Medical and sanitary report of the native army of Bengal for the year
Year: 1876
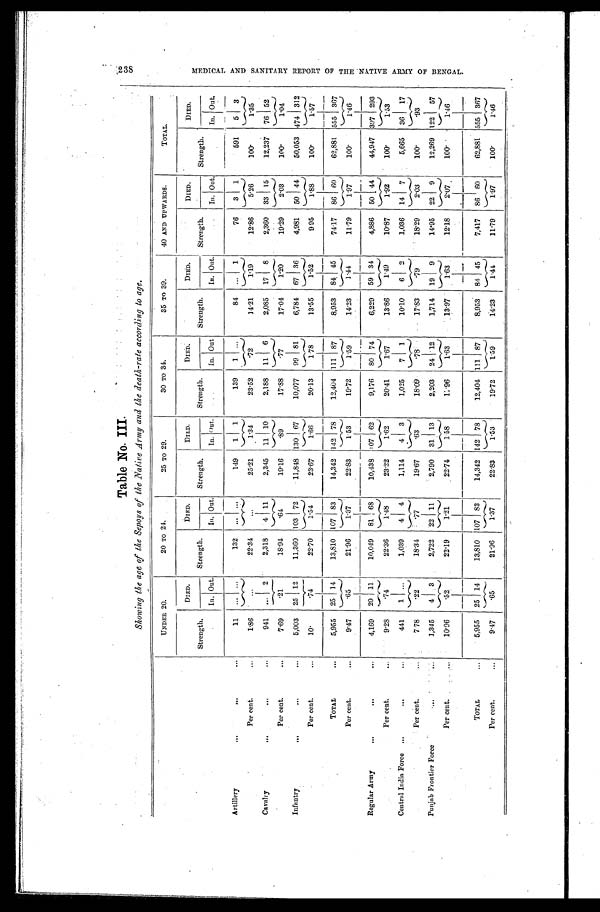
Table No. III.
Showing the age of the &pop of the Native Army and the death-rate according to age.
238
MEDICAL AND SANITARY REPORT OF THE NATIVE ARMY OF BENGAL.
UNDER 20.
20 TO 24.
25 TO 29.
30 TO 34.
35 TO 39.
40 AND UPWARDS.
TOTAL.
Strength.
DIED.
Strength.
DIED.
Strength,
DIED.
Strength.
DIED.
Strength.
DIED.
Strength.
DIED.
Strength.
DIED.
In. Out.
In. Out.
In. Out.
In. Out
In. Out.
In. Out.
In. Out.
Artillery
...
11 ... ...
132 ... ...
149
1 1
139
1
84 ... 1
76
3 1
591
5
3
Percent.
...
1.86
...
22.34
...
25.21
1.34
23.52
. 7 2
1 4 . 2 1
1.19
12.86
5.26
100.
1 . 3 5
Cavalry
...
941
. . . 2
2,318
4 11
2,345 11 10
2,188
11 6
2,085 17 8
2,360 33 15
12,237 76 52
Per cent.
. . .
7.69
.21
18.94
. 6 4
19.16 .89
17.88
. 7 7
17.04
1 . 2 0
19.29
2.03
100.
'1.04
Infantry
...
5,003 25 12
11,360 103 72
11,848 130 67
10,077 99 81
6,784 67 36
4,981 50 44
50,053 474 312
Per cent.
...
1 0 .
.74
22.70
1 . 5 4
23.67
1 . 6 6
20.13
1.78
13.55
1 . 5 2
9 95
1 . 8 8
100.
1.57
TOTAL
...
5,955 25 14
13,810 107 83
14,342 142 78
12,404 111 87
8,953 84 45
74.17 86 60
62,881 555 367
Per cent.
...
9.47
.65
21.96
1 . 3 7
22.83
1.53
19.72 1.59
14.23
1 . 4 4
11.79
1.97
100.
1 . 4 6
Regular Army
. . .
...
4,169 20 11
10,049 81 68
10,438 07 62
9,176 80 74
6,229 59 34
4,886 50 44
44,947 397 293
Per cent.
...
9.28
.74
22.36 1.48
23.22
1 . 6 2
20.41
1 . 6 7
13.86
1 . 4 9
10.87
1 . 9 2
100.
1 . 5 3
Central India Force
. . .
...
441
1 ...
1,039
4 4
1,114
4 3
1,025
7
1
10.10
6 2
1,036 14 7
5,665 36 17
Per cent.
...
7 78
.22
18.34
.77
19.67
. 6 3
18.09
.78
17.83
. 7 9
18.29
2.03
100.
.93
Punjab Frontier Force
. . .
...
1,345
4 3
2,722 22
1 1
2,790 31
1 3
2,203 24
1 2
1,714 19
9
14.95
2 2 9
12,269 122 57
Per cent.
. . .
10.06
.52
22.19
1 . 2 1
22.74
1.58
1.96
1 . 6 3
13.97
1.63 12.18
2.07
100.
1 . 4 6
TOTAL
...
5,955 25 14
13,810 107 83
14,342 142 78
12,404 111 87
8,953 84 45
7,417 86 60
62,881 555 367
Per cent
...
9 . 4 7 .65
21.96
1 . 3 7
22.83
1.53
19.72
1.59
14.23
1 . 4 4
11.79
1 . 9 7
1 0 0 .
1 . 4 6